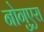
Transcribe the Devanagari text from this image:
नोगुएरा